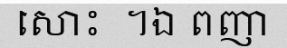
សោះ  ។ឯ ពញា